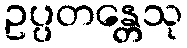
ဥပ္ပတန္တေသု